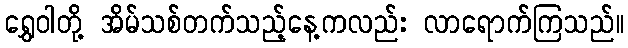
ရွှေဝါတို့ အိမ်သစ်တက်သည့်နေ့ကလည်း လာရောက်ကြသည်။